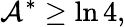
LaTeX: \mathcal{A}^{\ast}\geq\ln 4,